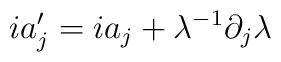
ia'_{j}=ia_{j}+\lambda^{-1}\partial_{j}\lambda